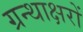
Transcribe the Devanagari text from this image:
ग्रन्थाक्षरों